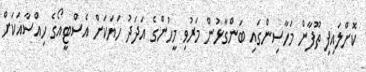
ކޮށްލައިފި ތޫފާން މަހާސިންގައި ބަންގާޅުން މަރުވި މީހުންގެ އަދަދު ހަޔަކަށް އެސްޓީއޯގެ ހިއްސާއަކަށް